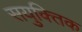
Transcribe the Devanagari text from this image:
सयुक्‍तिक